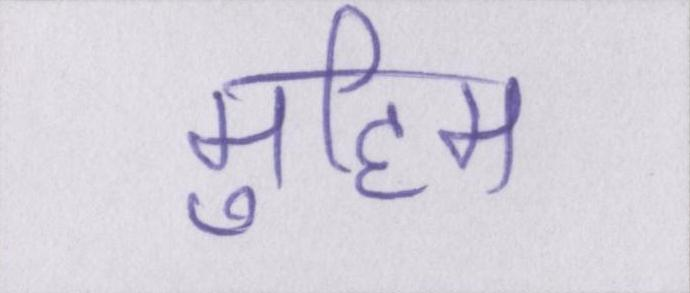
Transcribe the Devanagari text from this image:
मुहिम